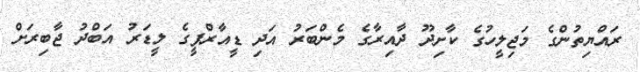
ރައްޔިތުންގެ މަޖިލީހުގެ ކާށިދޫ ދާއިރާގެ މެންބަރު އަދި ޑީއާރްޕީގެ ލީޑަރު އަބްދު ޖާބިރަށް